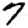
Digit: 7